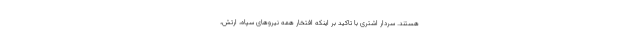
هستند. سردار اشتری با تاکید بر اینکه افتخار همه نیروهای سپاه، ارتش،